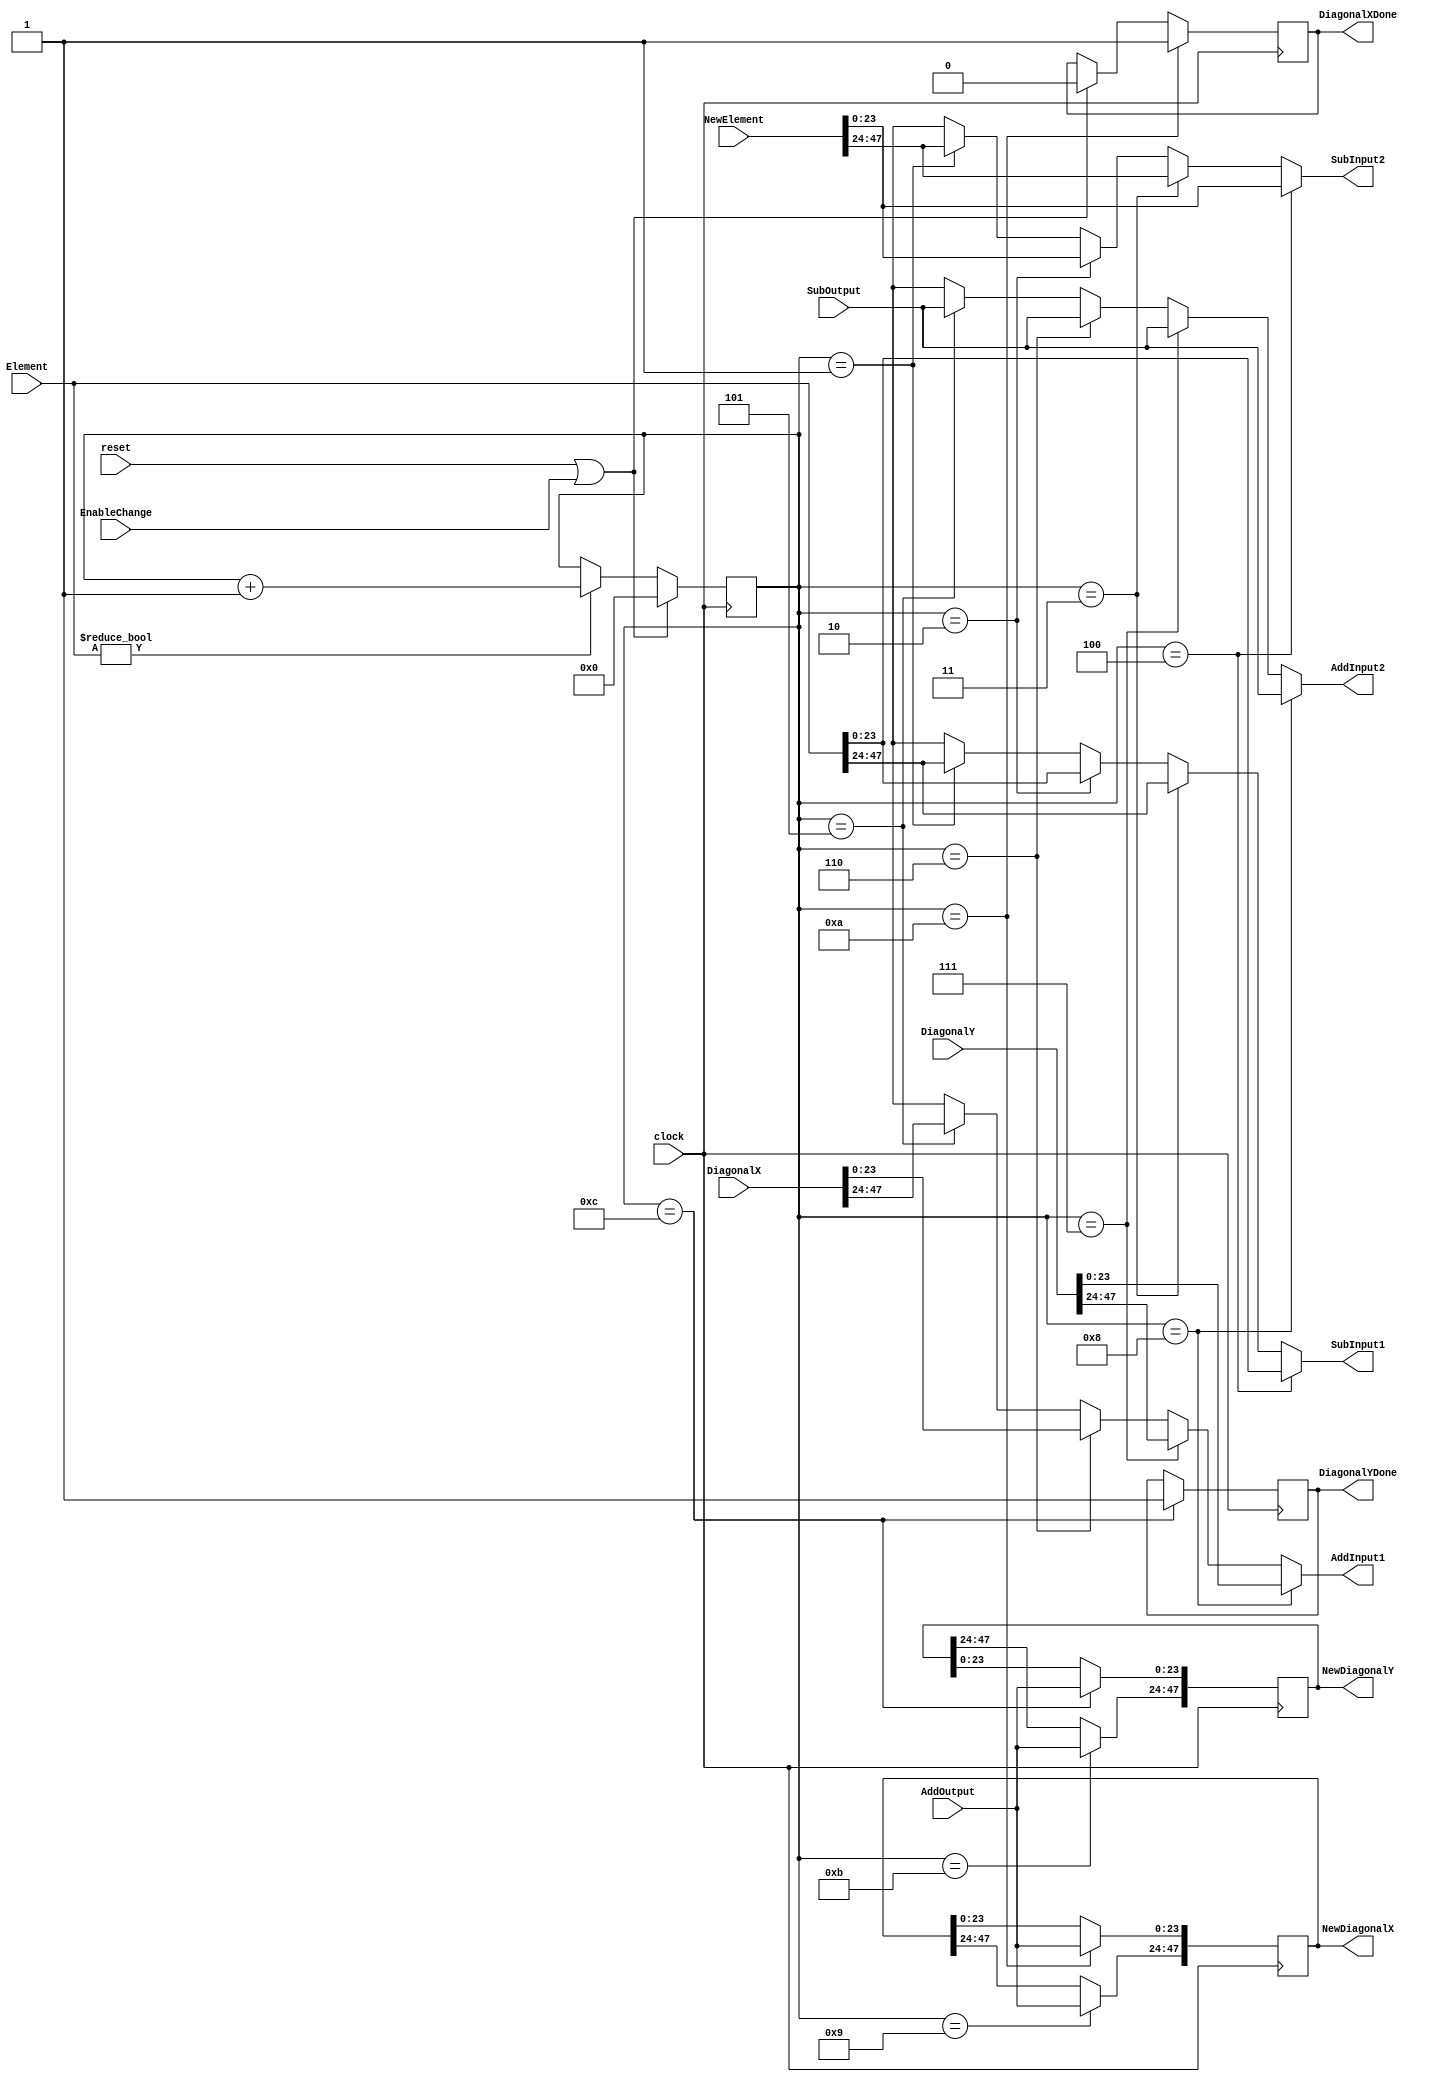
module arithController (clock, reset, DiagonalX, DiagonalY, Element, NewElement, EnableChange, SubInput1, SubInput2, AddInput1, AddInput2, NewDiagonalX, NewDiagonalY, SubOutput, AddOutput, DiagonalXDone, DiagonalYDone);

input        clock;
input        reset;
input [47:0] DiagonalX;
input [47:0] DiagonalY;
input [47:0] Element;
input [47:0] NewElement;
input [23:0] SubOutput;
input [23:0] AddOutput;
input        EnableChange;

output [23:0] SubInput1;
output [23:0] SubInput2;
output [23:0] AddInput1;
output [23:0] AddInput2;
output [47:0] NewDiagonalX;
output [47:0] NewDiagonalY;
output        DiagonalXDone;
output        DiagonalYDone;

reg    [23:0] SubInput1;
reg    [23:0] SubInput2;
reg    [23:0] AddInput1;
reg    [23:0] AddInput2;
reg    [47:0] NewDiagonalX;
reg    [47:0] NewDiagonalY;
reg    [4:0]  Count;
reg           DiagonalXDone;
reg           DiagonalYDone;

always@(posedge clock)
begin
	if (reset || EnableChange)
	begin
		DiagonalXDone <= 1'b0;
		Count <= 4'b000;
	end
	
	else if (Element)
		Count<= Count + 1'b1;	

	if (Count == 4'b1001)
		NewDiagonalX[47:24] <= AddOutput;
	if (Count == 4'b1010)
	begin
		NewDiagonalX[23:0] <= AddOutput;
		DiagonalXDone <= 1'b1;
	end
	if (Count == 4'b1011)
		NewDiagonalY[47:24] <= AddOutput;
	if (Count == 4'b1100)
	begin
		NewDiagonalY[23:0] <= AddOutput;
		DiagonalYDone <= 1'b1;
	end
end

always@(*)
begin
	SubInput1 = 24'hxx;
	SubInput2 = 24'hxx;
	AddInput1 = 24'hxx;
	AddInput2 = 24'hxx;
	if (Count == 4'b0001)
	begin
		SubInput1 = Element[47:24];
		SubInput2 = NewElement[47:24];
	end
	if (Count == 4'b0010)
	begin
		SubInput1 = Element[23:0];
		SubInput2 = NewElement[23:0];
	end
	if (Count == 4'b0011)
	begin
		SubInput1 = Element[47:24];
		SubInput2 = NewElement[47:24];
	end
	if (Count == 4'b0100)
	begin
		SubInput1 = Element[23:0];
		SubInput2 = NewElement[23:0];
	end

	if (Count == 4'b0101)
	begin
		AddInput1 = DiagonalX[47:24];
		AddInput2 = SubOutput;
	end

	if (Count == 4'b0110)
	begin
		AddInput1 = DiagonalX[23:0];
		AddInput2 = SubOutput;
	end

	if (Count == 4'b0111)
	begin
		AddInput1 = DiagonalY[47:24];
		AddInput2 = SubOutput;
	end
	
	if (Count == 4'b1000)
	begin
		AddInput1 = DiagonalY[23:0];
		AddInput2 = SubOutput;
	end
		
end

endmodule